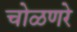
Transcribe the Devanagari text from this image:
चोळणरे